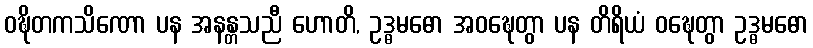
ဝဍ္ဎိတကသိဏော ပန အနန္တသညီ ဟောတိ, ဥဒ္ဓမဓော အဝဍ္ဎေတွာ ပန တိရိယံ ဝဍ္ဎေတွာ ဥဒ္ဓမဓော